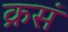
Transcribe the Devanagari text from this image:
क्रसं